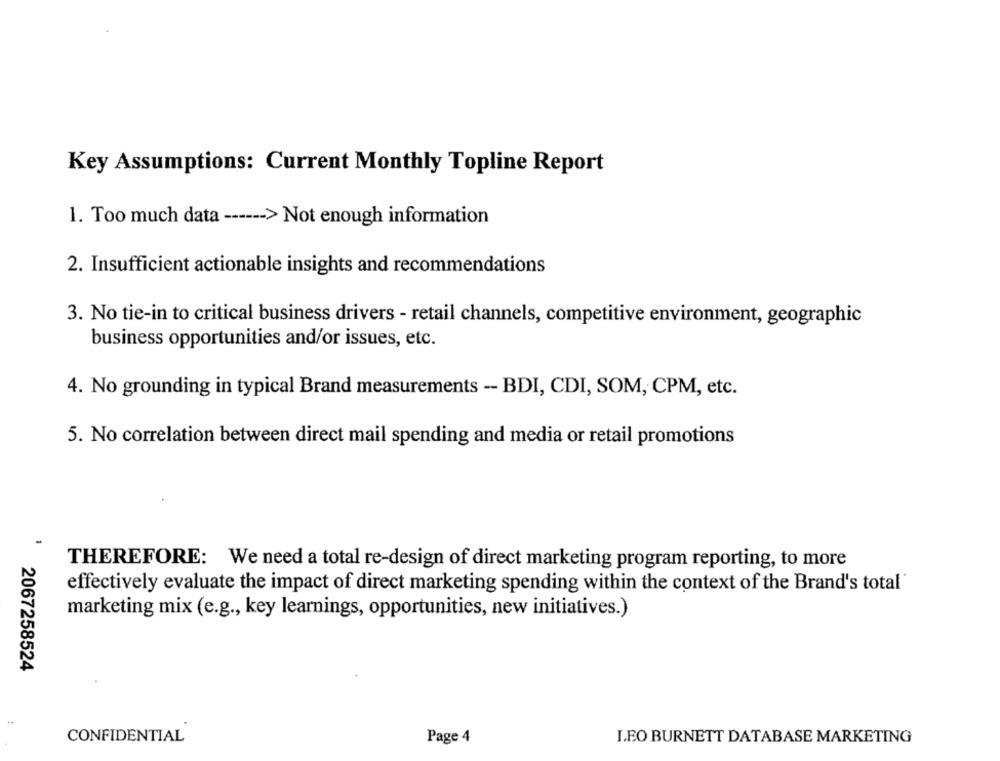
Key Assumptions: Current Monthly Topline Report
1. Too much data ------ > Not enough information
2. Insufficient actionable insights and recommendations
3. No tie-in to critical business drivers - retail channels, competitive environment, geographic
business opportunities and/or issues, etc.
4. No grounding in typical Brand measurements -- BDI, CDI, SOM, CPM, etc.
5. No correlation between direct mail spending and media or retail promotions
THEREFORE: We need a total re-design of direct marketing program reporting, to more
effectively evaluate the impact of direct marketing spending within the context of the Brand's total'
marketing mix (e.g ., key learnings, opportunities, new initiatives.)
2067258524
Page 4
CONFIDENTIAL
LEO BURNETT DATABASE MARKETING